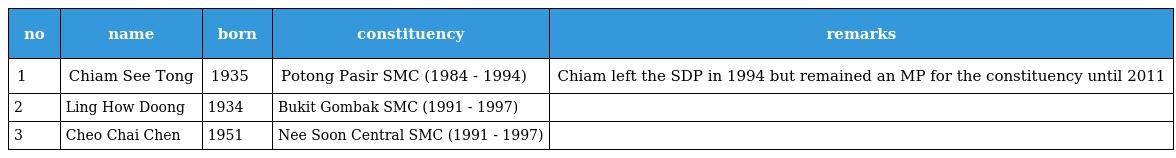
| no | name | born | constituency | remarks |
 | --- | --- | --- | --- | --- |
 | 1 | Chiam See Tong | 1935 | Potong Pasir SMC (1984 - 1994) | Chiam left the SDP in 1994 but remained an MP for the constituency until 2011 |
 | 2 | Ling How Doong | 1934 | Bukit Gombak SMC (1991 - 1997) |  |
 | 3 | Cheo Chai Chen | 1951 | Nee Soon Central SMC (1991 - 1997) |  |